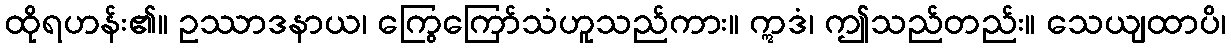
ထိုရဟန်း၏။ ဥဿာဒနာယ၊ ကြွေကြော်သံဟူသည်ကား။ ဣဒံ၊ ဤသည်တည်း။ သေယျထာပိ၊